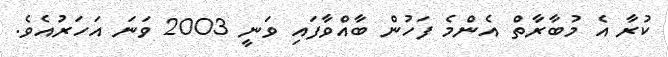
ކުރާ އެ މުބާރާތް އެންމެ ފަހުން ބާއްވާފައި ވަނީ 2003 ވަނަ އަހަރުއެވެ.